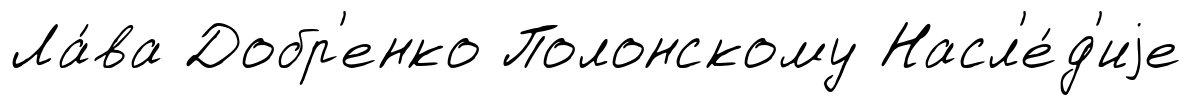
Ла́ва Добр'енко Полонскому Насл'е́д'иjе